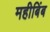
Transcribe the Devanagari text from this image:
महीबिंब